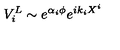
V _ { i } ^ { L } \sim e ^ { \alpha _ { i } \phi } e ^ { i k _ { i } X ^ { i } }